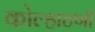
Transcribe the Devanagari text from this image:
कोल्हाटणी